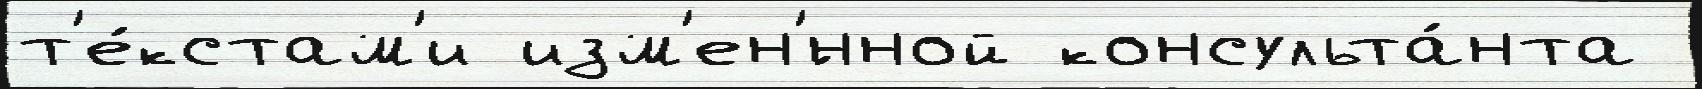
т'е́кстам'и изм'ен'́нной консульта́нта